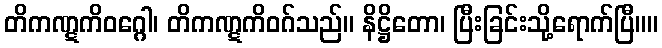
တိကဏ္ဋကိဝဂ္ဂေါ၊ တိကဏ္ဋကိဝဂ်သည်။ နိဋ္ဌိတော၊ ပြီးခြင်းသို့ရောက်ပြီ။။